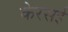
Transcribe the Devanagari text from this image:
केरसई